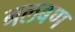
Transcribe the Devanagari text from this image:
नलबण